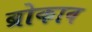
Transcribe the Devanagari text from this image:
ब्रोकाव